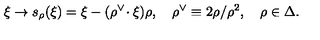
\xi \to s _ { \rho } ( \xi ) = \xi - ( \rho ^ { \vee } \! \cdot \xi ) \rho , \quad \rho ^ { \vee } \equiv 2 \rho / \rho ^ { 2 } , \quad \rho \in \Delta .